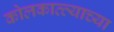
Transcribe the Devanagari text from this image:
कोलकात्त्याच्या